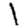
Digit: 1